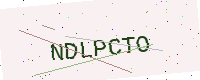
Text: NDLPCTO